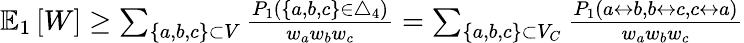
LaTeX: \begin{array}{r}{\mathbb{E}_{1}\left[W\right]\geq\sum_{\{ a,b,c\} \subset V}\frac{P_{1}(\{ a,b,c\} \in\triangle_{4})}{w_{a}w_{b}w_{c}}=\sum_{\{ a,b,c\} \subset V_{C}}\frac{P_{1}(a\leftrightarrow b,b\leftrightarrow c,c\leftrightarrow a)}{w_{a}w_{b}w_{c}}}\end{array}